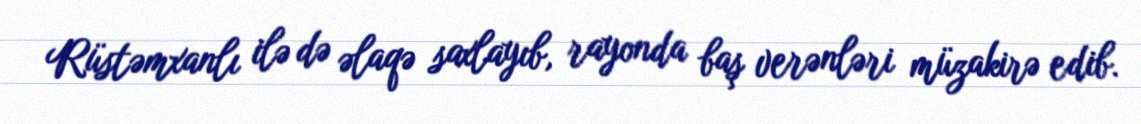
Rüstəmxanlı ilə də əlaqə saxlayıb, rayonda baş verənləri müzakirə edib.